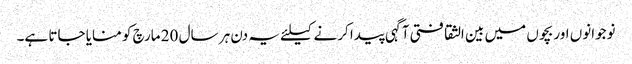
نوجوانوں اور بچوں میں بین الثقافتی آگہی پیدا کرنے کیلئے یہ دن ہر سال 20 مارچ کو منایا جاتا ہے۔